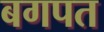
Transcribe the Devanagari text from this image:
बगपत